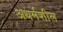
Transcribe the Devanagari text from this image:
अधर्मशील